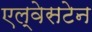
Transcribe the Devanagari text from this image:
एल्वेसटेन